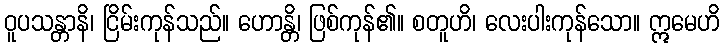
ဝူပသန္တာနိ၊ ငြိမ်းကုန်သည်။ ဟောန္တိ၊ ဖြစ်ကုန်၏။ စတူဟိ၊ လေးပါးကုန်သော။ ဣမေဟိ